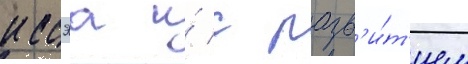
иссэа и́ с разв'и́т'ием